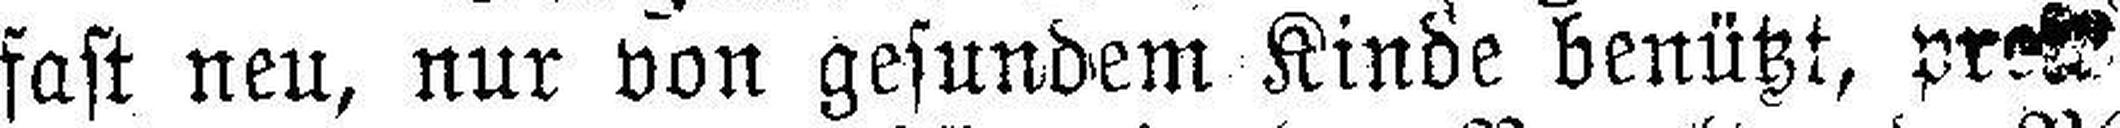
fast neu, nur von gesundem Kinde benützt, preis¬